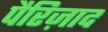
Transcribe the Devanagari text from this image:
पैरिज़ाद